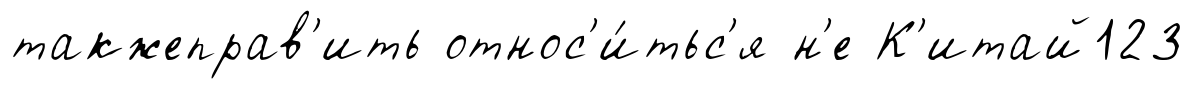
такжеправ'ить относ'и́тьс'я н'е К'итай123